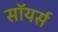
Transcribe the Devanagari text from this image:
सॉयर्स